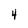
Character: 4